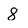
Character: 8